Plague in India, 1896, 1897 - Volume 2
Year: 1896
Disease focus: Plague
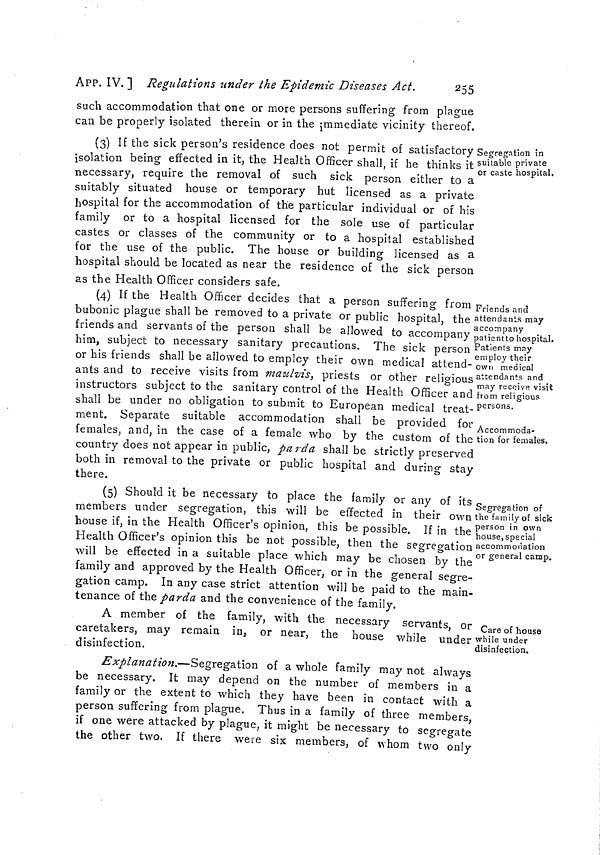
255
APP. IV. ] Regulations under the Epidemic Diseases Act.
such accommodation that one or more persons suffering from plague
can be properly isolated therein or in the immediate vicinity thereof.
Segregation in
suitable private
or caste hospital.
(3) If the sick person's residence does not permit of satisfactory «
isolation being effected in it, the Health Officer shall, if he thinks it
necessary, require the removal of such sick person either to a
suitably situated house or temporary hut licensed as a private
hospital for the accommodation of the particular individual or or his
family or to a hospital licensed for the sole use of particular
castes or classes of the community or to a hospital established
for the use of the public. The house or building licensed as a
hospital should be located as near the residence of the sick person
as the Health Officer considers safe.
Friends and
attendants may
accompany
patient to hospital.
Patients may
employ their
own medical
attendants and
may receive visit
from religious
persons.
Accommoda-
tion for females.
(4) It the Health Officer decides that a person suffering trom
bubonic plague shall be removed to a private or public hospital, the
friends and servants of the person shall be allowed to accompany
him, subject to necessary sanitary precautions, The sick person
or his friends shall be allowed to employ their own medical attend-
ants and to receive visits from maulvis, priests or other religious
instructors subject to the sanitary control of the Health Officer and
shall be under no obligation to submit to European medical treat-
ment. Separate suitable accommodation shall be provided for
females, and, in the case of a female who by the custom of the
country does not appear in public, parda shall be strictly preserved
both in removal to the private or public hospital and during stay
there.
Segregation of
the family of sick
person in own
house,special
accommodation
or general camp,
(5) Should it be necessary to place the family or any of its
members under segregation, this will be effected in their own
house if, in the Health Officer's opinion, this be possible. If in the
Health Officer's opinion this be not possible, then the segregation
will be effected in a suitable place which may be chosen by the
family and approved by the Health Officer, or in the general segre-
gation camp. In any case strict attention will be paid to the main-
tenance of the parda and the convenience of the family.
Care of house
while under
disinfection.
A member of the family, with the necessary servants or
caretakers, may remain in, or near, the house while under
disinfection.
Explanation.—Segregation of a whole family may not always
be necessary. It may depend on the number of members in a
family or the extent to which they have been in contact with a
person suffering from plague. Thus in a family of three members,
if one were attacked by plague, it might be necessary to segregate
the other two. If there were six members, of whom two only